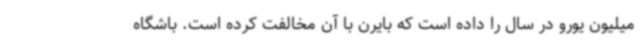
میلیون یورو در سال را داده است که بایرن با آن مخالفت کرده است. باشگاه